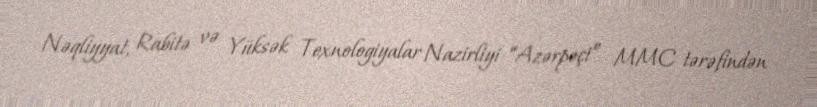
Nəqliyyat, Rabitə və Yüksək Texnologiyalar Nazirliyi “Azərpoçt” MMC tərəfindən